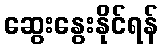
ဆွေးနွေးနိုင်ရန်